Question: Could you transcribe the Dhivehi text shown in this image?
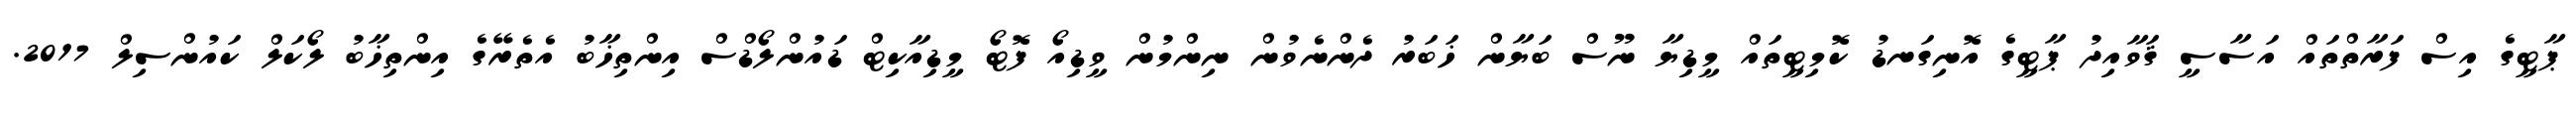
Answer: ޕާޓީގެ އިސް ފަރާތްތައް އަސާސީ ޤަވާއިދު ޕާޓީގެ އޮނިގަނޑު ކޮމިޓީތައް މީޑިޔާ ނޫސް ބަޔާން ޚަބަރު ދެންނެވުން ނިންމުން ވީޑިއޯ ފޮޓޯ މީޑިއާކިޓް ޑައުންލޯޑްސް އިންތިޚާބު އެތެރޭގެ އިންތިޚާބު ލޯކަލް ކައުންސިލް 2017.